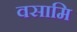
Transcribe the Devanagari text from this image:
वसामि